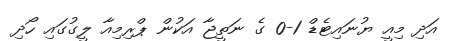
އަދި މިއީ ޔުނައިޓެޑް 1-0 ގެ ނަތީޖާ އަކުން ޕްރިމިއާ ލީގުގައި ހޯދި